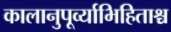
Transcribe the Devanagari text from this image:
कालानुपूर्व्याभिहिताश्च